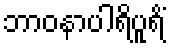
ဘာဝနာပါရိပူရိံ